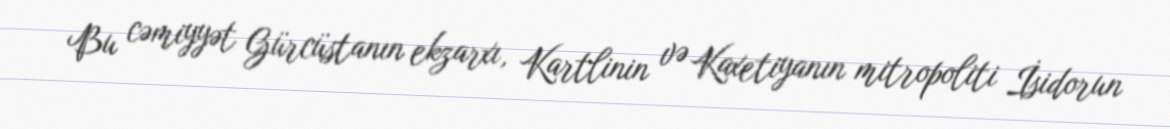
Bu cəmiyyət Gürcüstanın ekzarxı, Kartlinin və Kaxetiyanın mitropoliti İsidorun